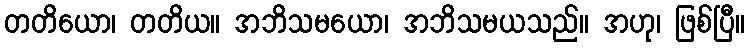
တတိယော၊ တတိယ။ အဘိသမယော၊ အဘိသမယသည်။ အဟု၊ ဖြစ်ပြီ။